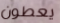
يعطون